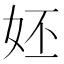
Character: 㚰